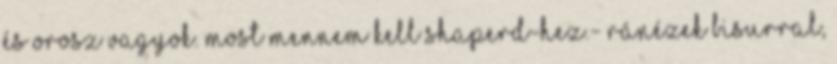
és orosz vagyok. Most mennem kell Shaperd-hez.- ránézek Bisurral,